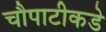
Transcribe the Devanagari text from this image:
चौपाटीकडे